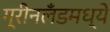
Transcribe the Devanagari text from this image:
ग्रीनलँडमध्ये